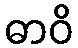
ဓာဝိ